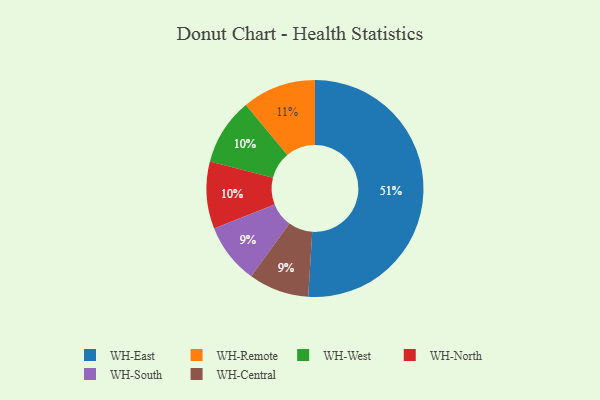
{"axis": {"x": "Category", "y": "Percentage"}, "legend": ["WH-Central", "WH-East", "WH-North", "WH-Remote", "WH-South", "WH-West"], "data": [{"x": "WH-East", "y": 51, "type": "WH-East"}, {"x": "WH-Remote", "y": 11, "type": "WH-Remote"}, {"x": "WH-West", "y": 10, "type": "WH-West"}, {"x": "WH-North", "y": 10, "type": "WH-North"}, {"x": "WH-South", "y": 9, "type": "WH-South"}, {"x": "WH-Central", "y": 9, "type": "WH-Central"}]}